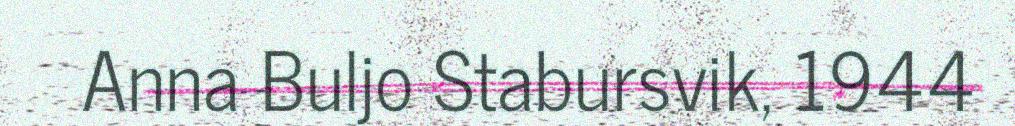
Anna Buljo Stabursvik, 1944